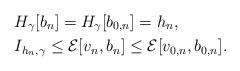
LaTeX: \begin{align*}&H_{\gamma}[b_n]=H_{\gamma}[b_{0,n}]=h_n,\\&I_{h_n,\gamma}\leq {\mathcal{E}}[v_n,b_n]\leq {\mathcal{E}}[v_{0,n},b_{0,n}]. \end{align*}